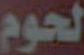
لحوم